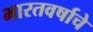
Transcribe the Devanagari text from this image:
भारतवर्षाचे